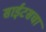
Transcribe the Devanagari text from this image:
साईटसचा